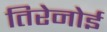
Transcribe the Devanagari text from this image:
तिरेनोई